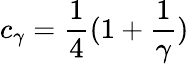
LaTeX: c_{\gamma}=\frac{1}{4}(1+\frac{1}{\gamma})